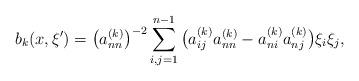
LaTeX: \begin{align*} b_k(x,\xi') = \big( a_{nn}^{(k)} \big)^{-2}\sum_{i,j=1}^{n-1} \big(a_{ij}^{(k)}a_{nn}^{(k)} - a_{ni}^{(k)} a_{nj}^{(k)} \big) \xi_i \xi_j, \end{align*}